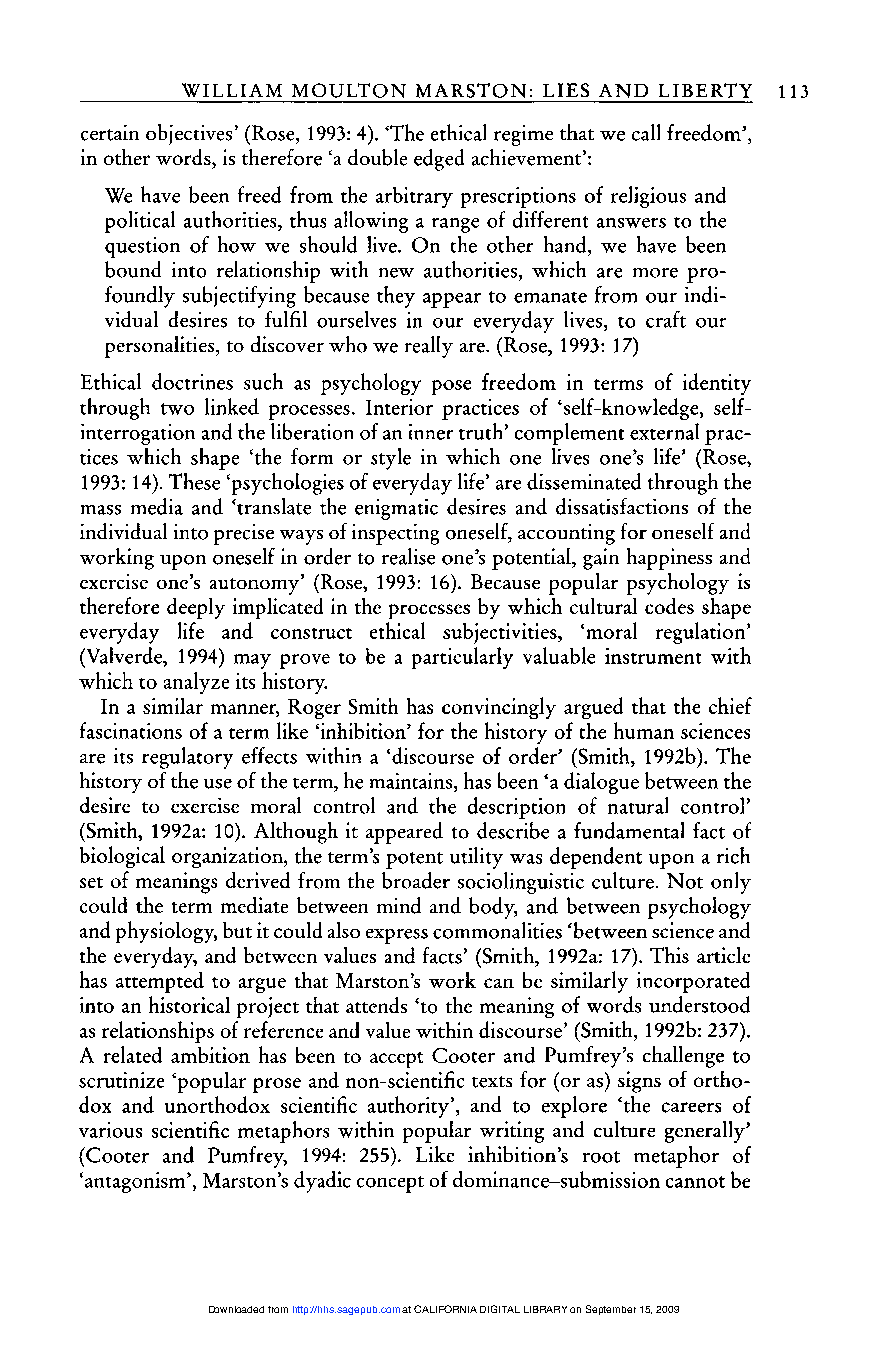
113
 certain objectives’ (Rose, 1993: 4). ’The ethical regime that we call freedom’,
 in other words, is therefore ’a double edged achievement’:
 We have been freed from the arbitrary prescriptions of religious and
 political authorities, thus allowing a range of different answers to the
 question of how we should live. On the other hand, we have been
 bound into relationship with new authorities, which are more pro-
 foundly subjectifying because they appear to emanate from our indi-
 vidual desires to fulfil ourselves in our everyday lives, to craft our
 personalities, to discover who we really are. (Rose, 1993: 17)
 Ethical doctrines such as psychology pose freedom in terms of identity
 through two linked processes. Interior practices of ’self-knowledge, self-
 interrogation and the liberation of an inner truth’ complement external prac-
 tices which shape ’the form or style in which one lives one’s life’ (Rose,
 1993: 14). These ’psychologies of everyday life’ are disseminated through the
 mass media and ’translate the enigmatic desires and dissatisfactions of the
 individual into precise ways of inspecting oneself, accounting for oneself and
 working upon oneself in order to realise one’s potential, gain happiness and
 exercise one’s autonomy’ (Rose, 1993: 16). Because popular psychology is
 therefore deeply implicated in the processes by which cultural codes shape
 everyday life and construct ethical subjectivities, ’moral regulation’
 (Valverde, 1994) may prove to be a particularly valuable instrument with
 which to analyze its history.
 In a similar manner, Roger Smith has convincingly argued that the chief
 fascinations of a term like ’inhibition’ for the history of the human sciences
 are its regulatory effects within a ’discourse of order’ (Smith, 1992b). The
 history of the use of the term, he maintains, has been ’a dialogue between the
 desire to exercise moral control and the description of natural control’
 (Smith, 1992a: 10). Although it appeared to describe a fundamental fact of
 biological organization, the term’s potent utility was dependent upon a rich
 set of meanings derived from the broader sociolinguistic culture. Not only
 could the term mediate between mind and body, and between psychology
 and physiology, but it could also express commonalities ’between science and
 the everyday, and between values and facts’ (Smith, 1992a: 17). This article
 has attempted to argue that Marston’s work can be similarly incorporated
 into an historical project that attends ’to the meaning of words understood
 as relationships of reference and value within discourse’ (Smith, 1992b: 237).
 A related ambition has been to accept Cooter and Pumfrey’s challenge to
 scrutinize ’popular prose and non-scientific texts for (or as) signs of ortho-
 dox and unorthodox scientific authority’, and to explore ’the careers of
 various scientific metaphors within popular writing and culture generally’
 (Cooter and Pumfrey, 1994: 255). Like inhibition’s root metaphor of
 ’antagonism’, Marston’s dyadic concept of dominance-submission cannot be
 Downloaded from http://hhs.sagepub.com at CALIFORNIA DIGITAL LIBRARY on September 15, 2009